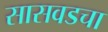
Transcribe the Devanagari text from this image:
सासवडचा